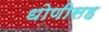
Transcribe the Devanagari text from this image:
धोणीसह